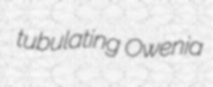
tubulating Owenia